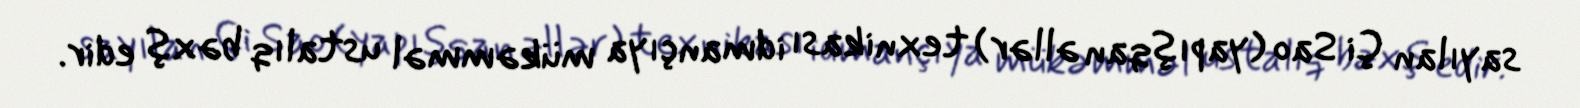
sayılan Çi Sao (yapışqan əllər) texnikası idmançıya mükəmməl ustalıq bəxş edir.